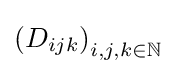
\left(D_{ijk}\right)_{i,j,k\in \mathbb {N} }